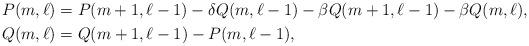
LaTeX: \begin{align*}P(m,\ell) &= P(m+1,\ell-1) - \delta Q(m,\ell-1) - \beta Q(m+1,\ell-1) - \beta Q(m,\ell),\\Q(m,\ell) &= Q(m+1,\ell-1) - P(m,\ell-1), \end{align*}